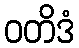
ဝတိဒံ